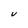
Character: V